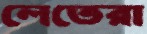
লেতেরা